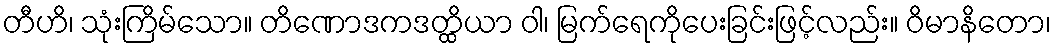
တီဟိ၊ သုံးကြိမ်သော။ တိဏောဒကဒတ္ထိယာ ဝါ၊ မြက်ရေကိုပေးခြင်းဖြင့်လည်း။ ဝိမာနိတော၊